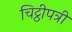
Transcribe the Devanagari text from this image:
चिट्ठीपत्री